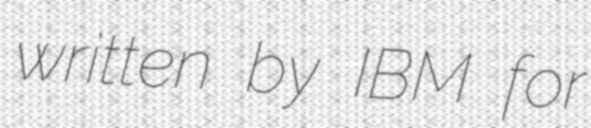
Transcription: written by IBM for